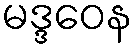
မဒ္ဒဝေန